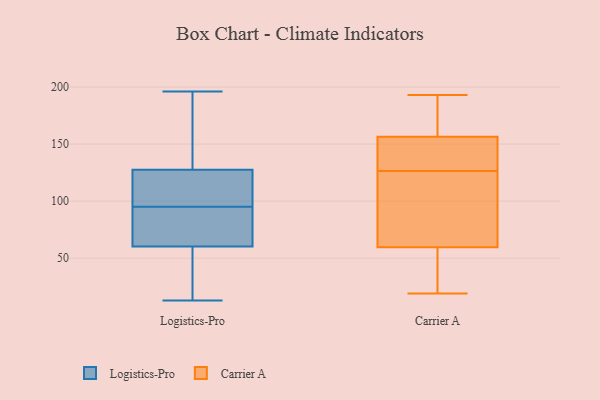
{"axis": {"x": "Backlog", "y": "Value"}, "legend": ["Carrier A", "Logistics-Pro"], "data": [{"x": "", "y": 95, "type": "Logistics-Pro"}, {"x": "", "y": 166, "type": "Logistics-Pro"}, {"x": "", "y": 75, "type": "Logistics-Pro"}, {"x": "", "y": 117, "type": "Logistics-Pro"}, {"x": "", "y": 61, "type": "Logistics-Pro"}, {"x": "", "y": 194, "type": "Logistics-Pro"}, {"x": "", "y": 77, "type": "Logistics-Pro"}, {"x": "", "y": 60, "type": "Logistics-Pro"}, {"x": "", "y": 55, "type": "Logistics-Pro"}, {"x": "", "y": 131, "type": "Logistics-Pro"}, {"x": "", "y": 36, "type": "Logistics-Pro"}, {"x": "", "y": 13, "type": "Logistics-Pro"}, {"x": "", "y": 115, "type": "Logistics-Pro"}, {"x": "", "y": 117, "type": "Logistics-Pro"}, {"x": "", "y": 196, "type": "Logistics-Pro"}, {"x": "", "y": 193, "type": "Carrier A"}, {"x": "", "y": 139, "type": "Carrier A"}, {"x": "", "y": 32, "type": "Carrier A"}, {"x": "", "y": 160, "type": "Carrier A"}, {"x": "", "y": 190, "type": "Carrier A"}, {"x": "", "y": 106, "type": "Carrier A"}, {"x": "", "y": 19, "type": "Carrier A"}, {"x": "", "y": 65, "type": "Carrier A"}, {"x": "", "y": 153, "type": "Carrier A"}, {"x": "", "y": 145, "type": "Carrier A"}, {"x": "", "y": 114, "type": "Carrier A"}, {"x": "", "y": 54, "type": "Carrier A"}]}